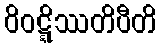
ဝိဝဋ္ဋိဿတိပီတိ